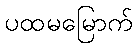
ပထမမြောက်